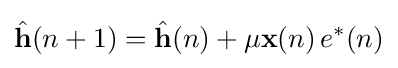
{\hat {\mathbf {h} }}(n+1)={\hat {\mathbf {h} }}(n)+\mu \mathbf {x} (n)\,e^{*}(n)